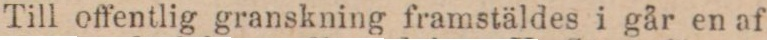
Till offentlig granskning framstäldes i går en af